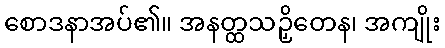
စောဒနာအပ်၏။ အနတ္ထသဉှိတေန၊ အကျိုး